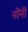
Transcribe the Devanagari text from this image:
नोंनी